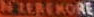
N ZEREKORE